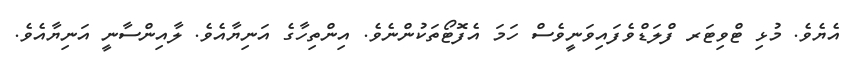
އެޔެވެ. މުޅި ޓްވިޓަރ ފްލަޑްވެފައިވަނީވެސް ހަމަ އެފޮޓޯތަކުންނެވެ. އިންތިހާގެ އަނިޔާއެވެ. ލާއިންސާނީ އަނިޔާއެވެ.